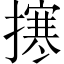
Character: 㩃